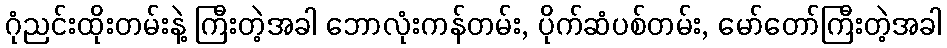
ဂုံညင်းထိုးတမ်းနဲ့ ကြီးတဲ့အခါ ဘောလုံးကန်တမ်း, ပိုက်ဆံပစ်တမ်း, မော်တော်ကြီးတဲ့အခါ